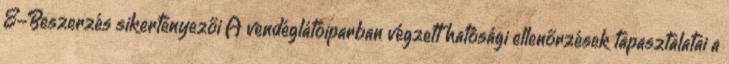
E-Beszerzés sikertényezői A vendéglátóiparban végzett hatósági ellenőrzések tapasztalatai a